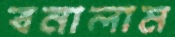
বনালাম